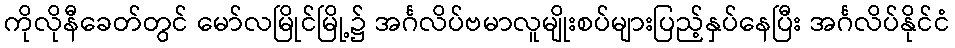
ကိုလိုနီခေတ်တွင် မော်လမြိုင်မြို့၌ အင်္ဂလိပ်ဗမာလူမျိုးစပ်များပြည့်နှပ်နေပြီး အင်္ဂလိပ်နိုင်ငံ